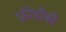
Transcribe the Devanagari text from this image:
फ्रीडीबी